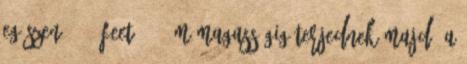
egészen 3000 feet 1000 m magasságig terjednek majd, a